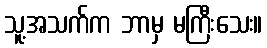
သူ့အသက်က ဘာမှ မကြီးသေး။